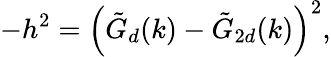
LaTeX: -h^{2}=\left(\tilde{G}_{d}(k)-\tilde{G}_{2d}(k)\right)^{2},